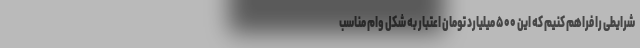
شرایطی را فراهم کنیم که این ۵۰۰ میلیارد تومان اعتبار به شکل وام مناسب